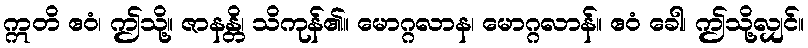
ဣတိ ဧဝံ၊ ဤသို့။ ဇာနန္တိ၊ သိကုန်၏။ မောဂ္ဂလာန၊ မောဂ္ဂလာန်။ ဧဝံ ခေါ၊ ဤသို့လျှင်။